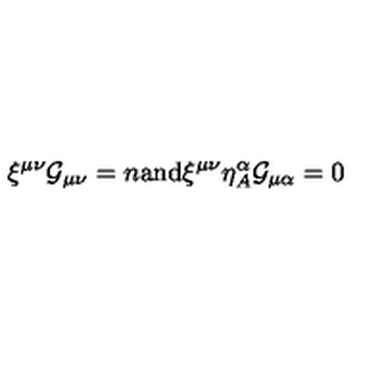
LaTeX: \xi ^ { \mu \nu } { \cal G } _ { \mu \nu } = n \mathrm { a n d } \xi ^ { \mu \nu } \eta _ { A } ^ { \alpha } { \cal G } _ { \mu \alpha } = 0